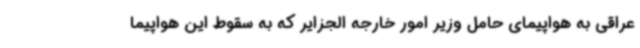
عراقی به هواپیمای حامل وزیر امور خارجه الجزایر که به سقوط این هواپیما